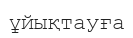
ұйықтауға